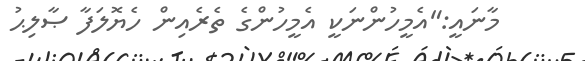
މާނައީ:"އެމީހުންނަކީ އެމީހުންގެ ތެރެއިން ހެޔޮލަފާ ޞާލިޙު